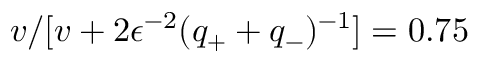
v / [ v + 2 \epsilon ^ { - 2 } ( q _ { + } + q _ { - } ) ^ { - 1 } ] = 0 . 7 5